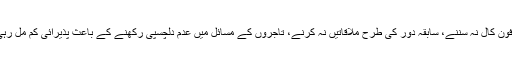
لیکن فون کال نہ سننے، سابقہ دور کی طرح ملاقاتیں نہ کرنے، تاجروں کے مسائل میں عدم دلچسپی رکھنے کے باعث پذیرائی کم مل رہی ہے۔